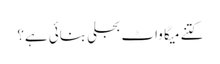
کتنے میگا واٹ بجلی بنائی ہے؟